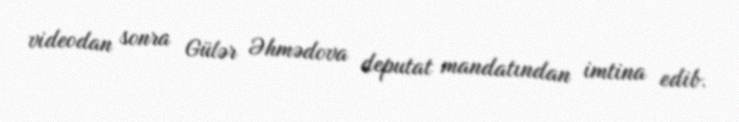
videodan sonra Gülər Əhmədova deputat mandatından imtina edib.